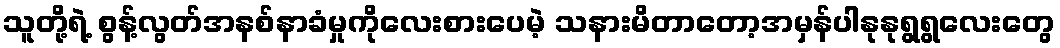
သူတို့ရဲ့ စွန့်လွတ်အနစ်နာခံမှုကိုလေးစားပေမဲ့ သနားမိတာတော့အမှန်ပါနုနုရွရွလေးတွေ